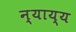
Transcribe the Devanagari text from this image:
न्‍याय्य